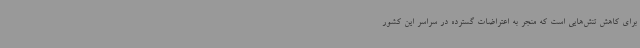
برای کاهش تنش‌هایی است که منجر به اعتراضات گسترده در سراسر این کشور